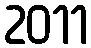
2011